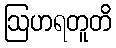
ဩဟရတူတိ